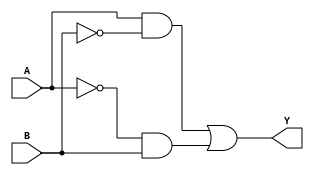
module xor_gate (
    input A,
    input B,
    output Y
);

wire inv_A, inv_B;

assign inv_A = ~A;
assign inv_B = ~B;

assign Y = (A & inv_B) | (inv_A & B);

endmodule